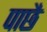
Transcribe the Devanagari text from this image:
पाछै